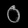
Digit: ၀